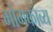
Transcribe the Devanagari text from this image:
भोमकाव्य